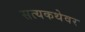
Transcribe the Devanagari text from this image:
सत्यकथेवर